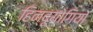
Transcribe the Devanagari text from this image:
हिन्दूयोगियों